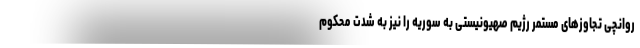
روانچی تجاوزهای مستمر رژیم صهیونیستی به سوریه را نیز به شدت محکوم